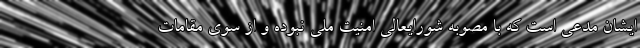
ایشان مدعی است که با مصوبه شورایعالی امنیت ملی نبوده و از سوی مقامات